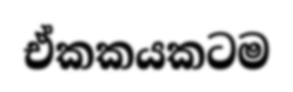
ඒකකයකටම